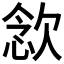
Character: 𣣈